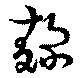
麹